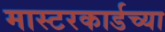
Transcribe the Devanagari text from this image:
मास्टरकार्डच्या